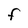
Character: F